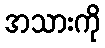
အသားကို